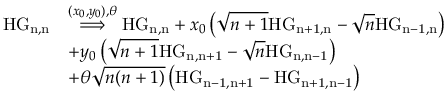
\begin{array} { r l } { \mathrm { H G _ { n , n } } } & { \overset { ( x _ { 0 } , y _ { 0 } ) , \theta } { \Longrightarrow } \mathrm { H G _ { n , n } } + x _ { 0 } \left( \sqrt { n + 1 } \mathrm { H G _ { n + 1 , n } } - \sqrt { n } \mathrm { H G _ { n - 1 , n } } \right) } \\ & { + y _ { 0 } \left( \sqrt { n + 1 } \mathrm { H G _ { n , n + 1 } } - \sqrt { n } \mathrm { H G _ { n , n - 1 } } \right) } \\ & { + \theta \sqrt { n ( n + 1 ) } \left( \mathrm { H G _ { n - 1 , n + 1 } } - \mathrm { H G _ { n + 1 , n - 1 } } \right) } \end{array}